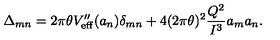
\Delta _ { m n } = 2 \pi \theta V _ { \mathrm { e f f } } ^ { \prime \prime } ( a _ { n } ) \delta _ { m n } + 4 ( 2 \pi \theta ) ^ { 2 } \frac { Q ^ { 2 } } { I ^ { 3 } } a _ { m } a _ { n } .